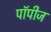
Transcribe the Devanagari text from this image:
पॉपीज